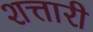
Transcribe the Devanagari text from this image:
शत्तारी